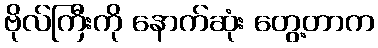
ဗိုလ်ကြီးကို နောက်ဆုံး တွေ့တာက